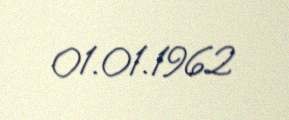
01.01.1962